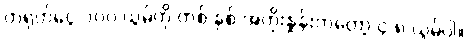
တရုတ်ငွေ ၁၀၀ ယွမ်ကို တစ် နှစ် အတိုးနှုန်းကတော့ ၄.၈ ယွမ်ပါ။